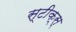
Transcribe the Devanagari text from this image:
स्टीक्स्